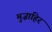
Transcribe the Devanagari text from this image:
मुज़ाहिर